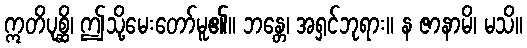
ဣတိပုစ္ဆိ၊ ဤသို့မေးတော်မူ၏။ ဘန္တေ၊ အရှင်ဘုရား။ န ဇာနာမိ၊ မသိ။